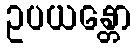
ဥပယန္တော